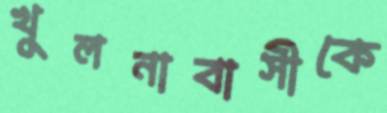
খুলনাবাসীকে